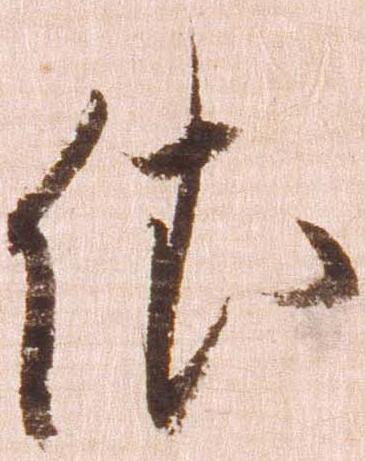
依